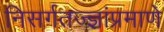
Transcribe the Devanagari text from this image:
निसर्गतज्ज्ञांप्रमाणे